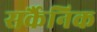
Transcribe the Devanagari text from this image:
सर्कैनिक